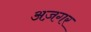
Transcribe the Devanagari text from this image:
अज़गर